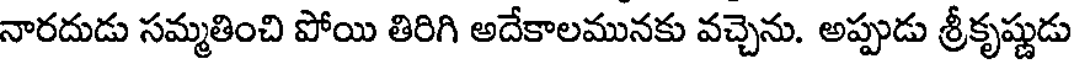
నారదుడు సమ్మతించి పోయి తిరిగి అదేకాలమునకు వచ్చెను. అప్పుడు శ్రీకృష్ణుడు